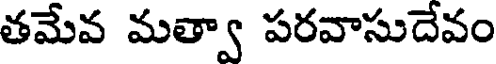
తమేవ మత్వా పరవాసుదేవం